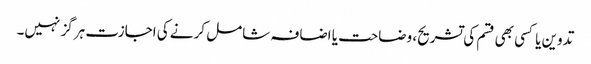
تدوین یا کسی بھی قسم کی تشریح، وضاحت یا اضافہ شامل کرنے کی اجازت ہرگز نہیں۔